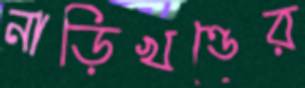
নাড়িখণ্ডের